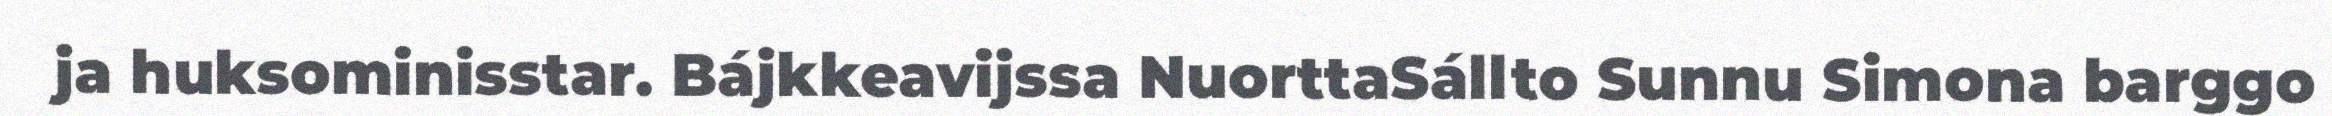
ja huksominisstar. Bájkkeavijssa NuorttaSállto Sunnu Simona barggo